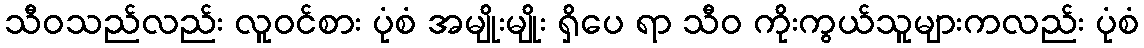
သီဝသည်လည်း လူဝင်စား ပုံစံ အမျိုးမျိုး ရှိပေ ရာ သီဝ ကိုးကွယ်သူများကလည်း ပုံစံ